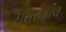
ઇસરાફીલ